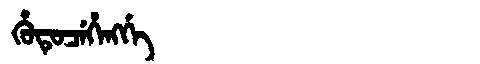
Manchu: ᡥᡠᡨᡠᠴᡝᡥᡝᠩᡤᡝ
Romanization: HUTUCEHENGGE